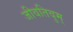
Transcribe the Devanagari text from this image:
जीवतिवुम्